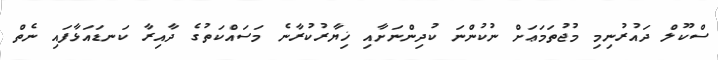
ސްކޫލް ދައުރުނިމި މުޖުތަމަޢަށް ނުކުންނަ ކުދިންނަށާއި ޚިޔާރުކުރާނެ މަސައްކަތުގެ ދާއިރާ ކަނޑައަޅާފައި ނެތް